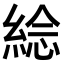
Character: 𦁇